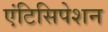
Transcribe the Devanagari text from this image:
एंटिसिपेशन